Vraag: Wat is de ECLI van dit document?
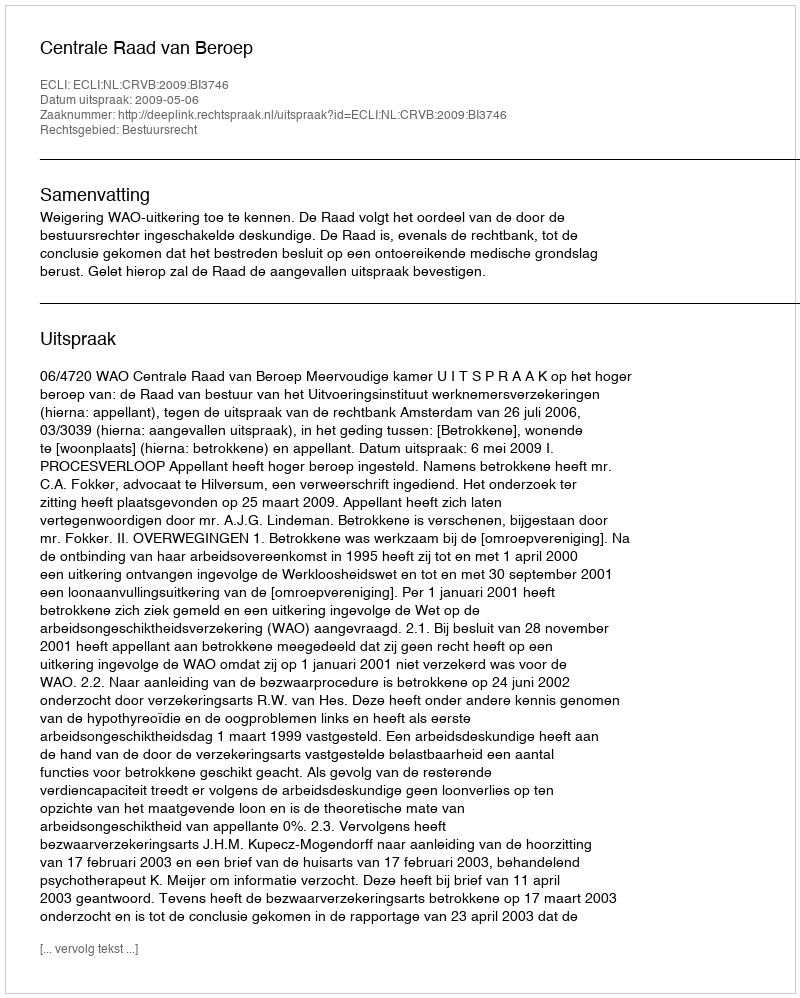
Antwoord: ECLI:NL:CRVB:2009:BI3746